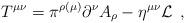
LaTeX: \begin{align*}T^{\mu \nu }=\pi ^{\rho (\mu )}\partial ^\nu A_\rho -\eta ^{\mu \nu } {\cal L} \;\,,\end{align*}